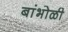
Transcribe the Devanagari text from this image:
बांभोळी